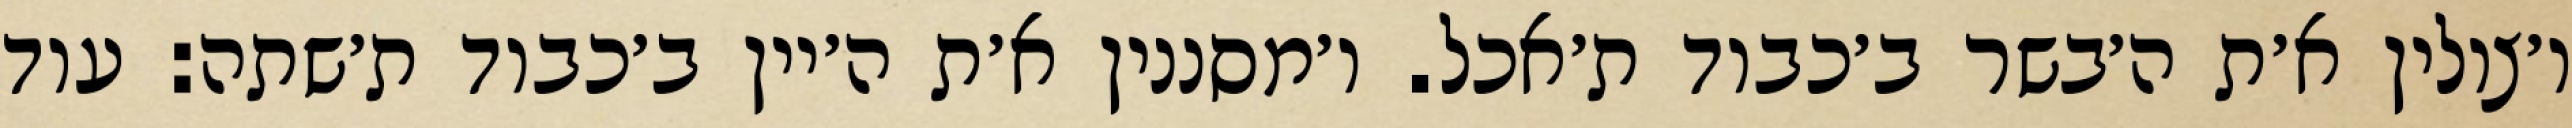
ו׳צולין א׳ת ה׳בשר ב׳כבוד ת׳אכל. ו׳מסננין א׳ת ה׳יין ב׳כבוד ת׳שתה: עוד